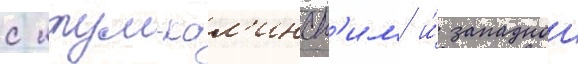
с итум-кал'инск'им и́ западнои